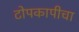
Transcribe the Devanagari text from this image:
टोपकापीचा